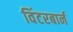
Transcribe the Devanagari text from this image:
विंटरबार्न